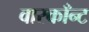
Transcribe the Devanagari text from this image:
वास्काँन्ट